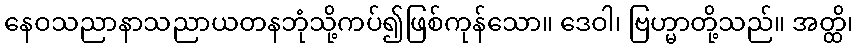
နေဝသညာနာသညာယတနဘုံသို့ကပ်၍ဖြစ်ကုန်သော။ ဒေဝါ၊ ဗြဟ္မာတို့သည်။ အတ္ထိ၊